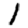
Digit: 1